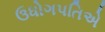
ઉધોગપતિએ